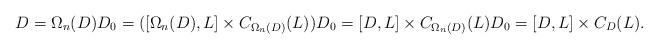
LaTeX: \begin{align*}D=\Omega_n(D)D_0=([\Omega_n(D),L]\times C_{\Omega_n(D)}(L))D_0=[D,L]\times C_{\Omega_n(D)}(L)D_0=[D,L]\times C_D(L).\end{align*}